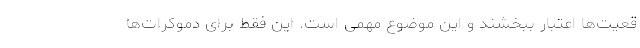
قعیت‌ها اعتبار ببخشند و این موضوع مهمی است. این فقط برای دموکرات‌ها